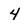
Character: 4